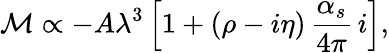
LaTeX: {\cal M}\propto-A\lambda^{3}\left[1+(\rho-i\eta)\, {\frac{\alpha_{s}}{4\pi}}\, i\right],